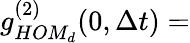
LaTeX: g_{HOM_{d}}^{(2)}(0,\Delta t)=